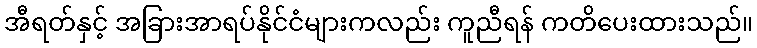
အီရတ်နှင့် အခြားအာရပ်နိုင်ငံများကလည်း ကူညီရန် ကတိပေးထားသည်။